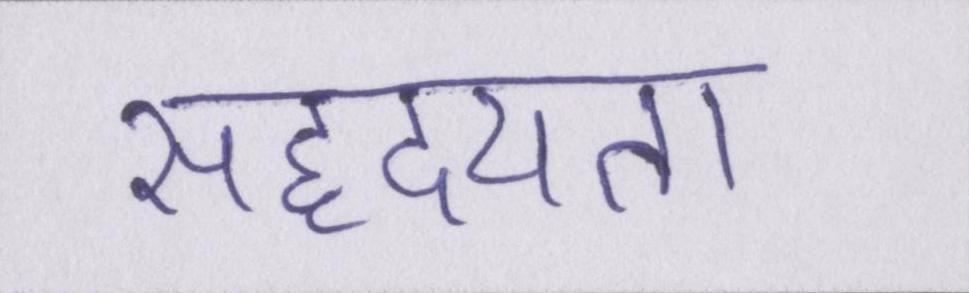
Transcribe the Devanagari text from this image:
सहृदयता